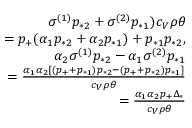
\begin{array} { r } { \sigma ^ { ( 1 ) } p _ { * 2 } + \sigma ^ { ( 2 ) } p _ { * 1 } ) c _ { V } \rho \theta } \\ { = p _ { + } ( \alpha _ { 1 } p _ { * 2 } + \alpha _ { 2 } p _ { * 1 } ) + p _ { * 1 } p _ { * 2 } , } \\ { \alpha _ { 2 } \sigma ^ { ( 1 ) } p _ { * 2 } - \alpha _ { 1 } \sigma ^ { ( 2 ) } p _ { * 1 } } \\ { = \frac { \alpha _ { 1 } \alpha _ { 2 } [ ( p _ { + } + p _ { * 1 } ) p _ { * 2 } - ( p _ { + } + p _ { * 2 } ) p _ { * 1 } ] } { c _ { V } \rho \theta } } \\ { = \frac { \alpha _ { 1 } \alpha _ { 2 } p _ { + } \Delta _ { * } } { c _ { V } \rho \theta } } \end{array}